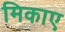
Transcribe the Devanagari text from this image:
मिकाए